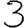
Digit: 3